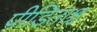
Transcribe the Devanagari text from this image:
पीडिताश्च